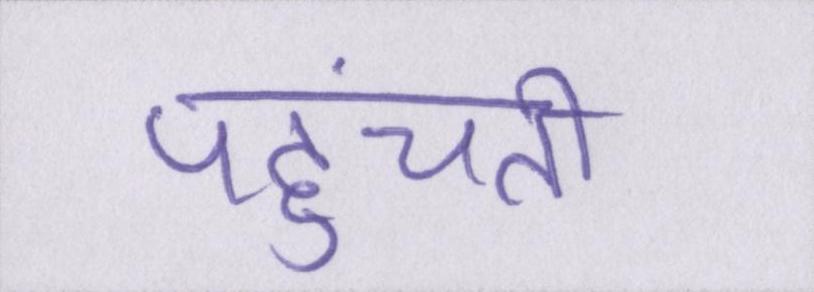
पहुंचती